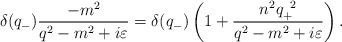
\begin{align*}{\delta}(q_-)\frac{-m^2}{q^2-m^2+i{\varepsilon}}={\delta}(q_-)\left(1+\frac{n^2q_+^{\;\;2}}{q^2-m^2+i{\varepsilon}} \right). \end{align*}